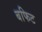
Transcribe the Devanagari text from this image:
बफिट